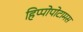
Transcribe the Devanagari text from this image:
हिप्पोपोटामस